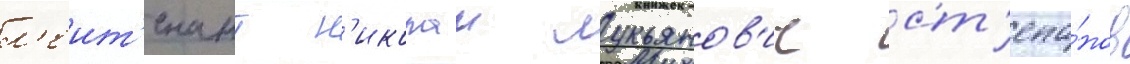
л'еит'енант н'иколаи лукьянов'ич ст'епа́нов